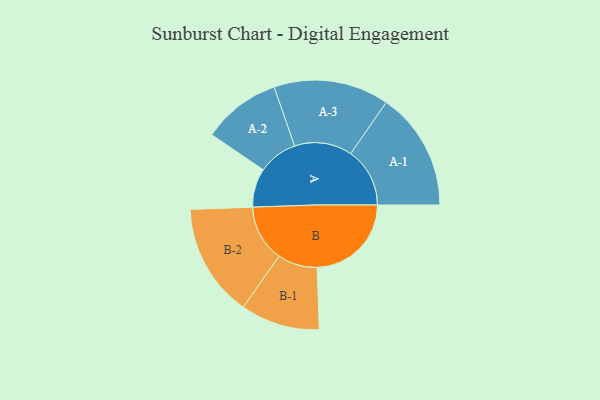
{"axis": {"x": "Segment", "y": "Value"}, "legend": ["", "A", "B"], "data": [{"x": "A", "y": 189, "type": ""}, {"x": "B", "y": 459, "type": ""}, {"x": "A-1", "y": 288, "type": "A"}, {"x": "A-2", "y": 191, "type": "A"}, {"x": "A-3", "y": 281, "type": "A"}, {"x": "B-1", "y": 193, "type": "B"}, {"x": "B-2", "y": 276, "type": "B"}]}